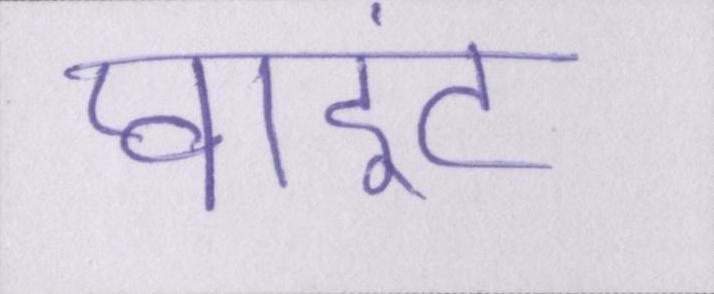
प्वाइंट